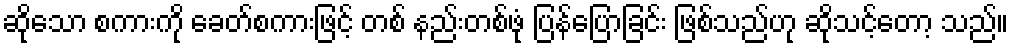
ဆိုသော စကားကို ခေတ်စကားဖြင့် တစ် နည်းတစ်ဖုံ ပြန်ပြောခြင်း ဖြစ်သည်ဟု ဆိုသင့်တော့ သည်။